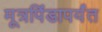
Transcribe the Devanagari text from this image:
मूत्रपिंडापर्यंत